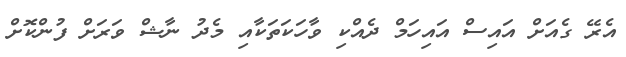
އެރޭ ގެއަށް އައިސް އައިހަމް ދެއްކި ވާހަކަތަކާއި މެދު ނާޝް ވަރަށް ފުންކޮށް